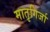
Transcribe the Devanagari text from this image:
मातृगिर्जा